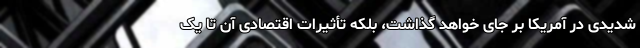
شدیدی در آمریکا بر جای خواهد گذاشت، بلکه تأثیرات اقتصادی آن تا یک